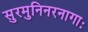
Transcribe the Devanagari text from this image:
सुरमुनिनरनागाः